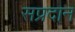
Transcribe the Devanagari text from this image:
सप्रदान